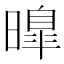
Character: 曍